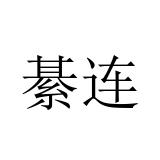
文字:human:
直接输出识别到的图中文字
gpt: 綦连